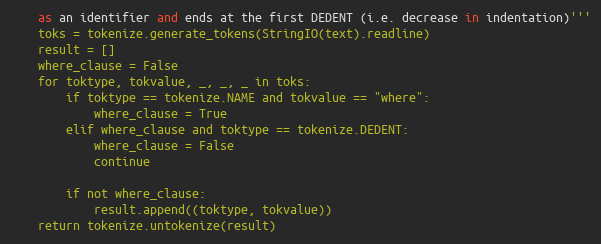
Language: Python
    as an identifier and ends at the first DEDENT (i.e. decrease in indentation)'''
    toks = tokenize.generate_tokens(StringIO(text).readline)
    result = []
    where_clause = False
    for toktype, tokvalue, _, _, _ in toks:
        if toktype == tokenize.NAME and tokvalue == "where":
            where_clause = True
        elif where_clause and toktype == tokenize.DEDENT:
            where_clause = False
            continue

        if not where_clause:
            result.append((toktype, tokvalue))
    return tokenize.untokenize(result)